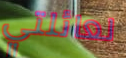
لعائلتي